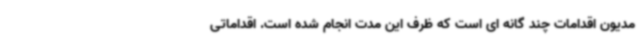
مدیون اقدامات چند گانه ای است که ظرف این مدت انجام شده است. اقداماتی